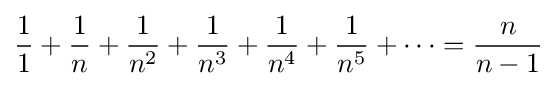
{1 \over 1}+{1 \over n}+{1 \over n^{2}}+{1 \over n^{3}}+{1 \over n^{4}}+{1 \over n^{5}}+\cdots ={n \over n-1}